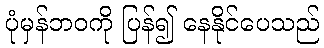
ပုံမှန်ဘဝကို ပြန်၍ နေနိုင်ပေသည်